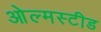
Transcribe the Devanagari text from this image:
ओल्मस्टीड